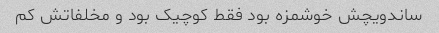
ساندویچش خوشمزه بود فقط کوچیک بود و مخلفاتش کم